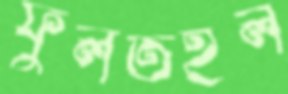
ফুলতইল